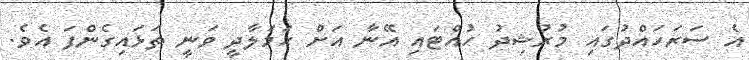
އެ ސަރަހައްދުގައި މުރުޝިދު ހުއްޓައި އޭނާ އަށް ހަމަލާދީ ވަނީ ތަޅައިގެންފަ އެވެ.